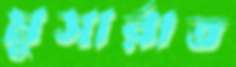
মুসার্রাত